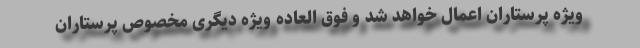
ویژه پرستاران اعمال خواهد شد و فوق العاده ویژه دیگری مخصوص پرستاران